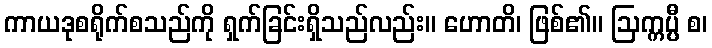
ကာယဒုစရိုက်စသည်ကို ရှက်ခြင်းရှိသည်လည်း။ ဟောတိ၊ ဖြစ်၏။ ဩက္ကပ္ပီ စ၊